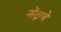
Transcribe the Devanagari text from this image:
नरेंद्राचे